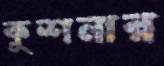
কুশনার